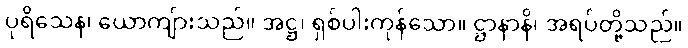
ပုရိသေန၊ ယောကျ်ားသည်။ အဋ္ဌ၊ ရှစ်ပါးကုန်သော။ ဋ္ဌာနာနိ၊ အရပ်တို့သည်။